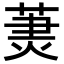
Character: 𦳒